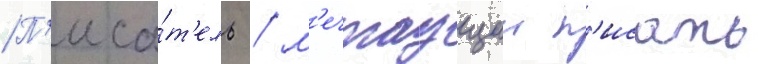
П'иса́т'ель / м'ечтаущии п'исать